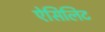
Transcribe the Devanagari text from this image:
ऐसिलिट